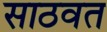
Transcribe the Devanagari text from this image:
साठवत